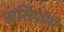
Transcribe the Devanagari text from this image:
अर्सिफ़ोर्म